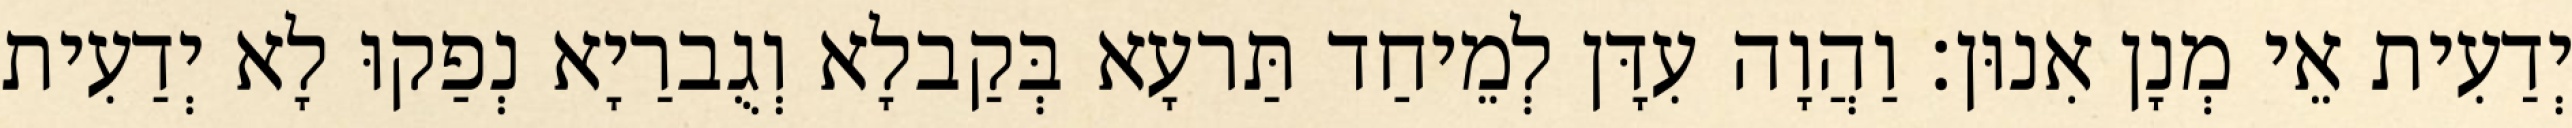
יְדַעִית אֵי מְנָן אִנוּן׃ וַהֲוָה עִדָּן לְמֵיחַד תַּרעָא בְּקַבלָא וְגֻברַיָא נְפַקוּ לָא יְדַעִית